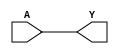

module BUF(A, Y);
input A;
output Y;
assign Y = A;
parameter PwrC = 3;
// always @(posedge Y or negedge Y) begin
//   letest.m1.PwrCntr[PwrC] = letest.m1.PwrCntr[PwrC] + 1;
// end // end counter
endmodule

module NOT(A, Y);
input A;
output Y;
assign Y = ~A;
// parameter PwrC = 3;
// always @(posedge Y or negedge Y) begin
//   letest.m1.PwrCntr[PwrC] = letest.m1.PwrCntr[PwrC] + 1;
// end // end counter
endmodule

module NAND(A, B, Y);
input A, B;
output Y;
assign Y = ~(A & B);
// parameter PwrC = 3;
// always @(posedge Y or negedge Y) begin
//   letest.m1.PwrCntr[PwrC] = letest.m1.PwrCntr[PwrC] + 1;
// end // end counter
endmodule

module NOR(A, B, Y);
input A, B;
output Y;
assign Y = ~(A | B);
// parameter PwrC = 3;
// always @(posedge Y or negedge Y) begin
//   letest.m1.PwrCntr[PwrC] = letest.m1.PwrCntr[PwrC] + 1;
// end // end counter
endmodule

module DFF(C, D, Q);
input C, D;
output reg Q;
always @(posedge C)
	Q <= D;
// parameter PwrC = 3;
// always @(posedge Q or negedge Q) begin
//   letest.m1.PwrCntr[PwrC] = letest.m1.PwrCntr[PwrC] + 1;
// end // end counter
endmodule

module DFFSR(C, D, Q, S, R);
input C, D, S, R;
output reg Q;
always @(posedge C, posedge S, posedge R)
	if (S)
		Q <= 1'b1;
	else if (R)
		Q <= 1'b0;
	else
		Q <= D;
// parameter PwrC = 3;
// always @(posedge Q or negedge Q) begin
//   letest.m1.PwrCntr[PwrC] = letest.m1.PwrCntr[PwrC] + 1;
// end // end counter
endmodule